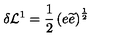
\delta \mathcal { L } ^ { 1 } = \frac { 1 } { 2 } \left( e \widetilde { e } \right) ^ { \frac { 1 } { 2 } }